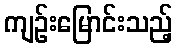
ကျဉ်းမြောင်းသည့်